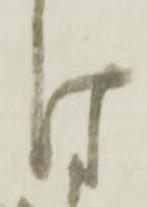
付